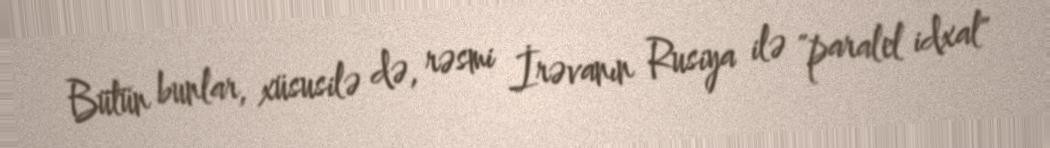
Bütün bunlar, xüsusilə də, rəsmi İrəvanın Rusiya ilə "paralel idxal"